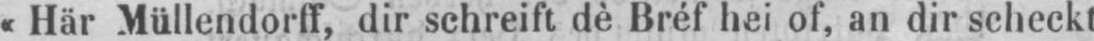
«Här Müllendorff, dir schreift dè Bréf hei of, an dir scheckt